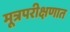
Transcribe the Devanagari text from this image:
मूत्रपरीक्षणात